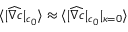
\langle | \widehat { \nabla c } | _ { c _ { 0 } } \rangle \approx \langle | \widehat { \nabla c } | _ { c _ { 0 } } | _ { \kappa = 0 } \rangle